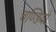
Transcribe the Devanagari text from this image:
चण्डियों